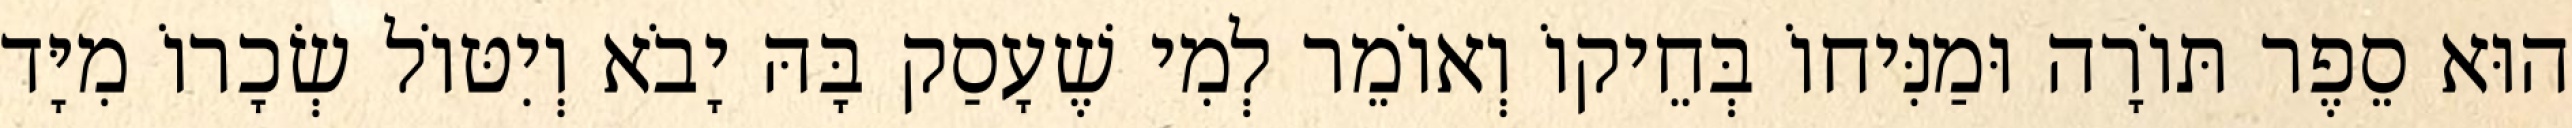
הוּא סֵפֶר תּוֹרָה וּמַנִּיחוֹ בְּחֵיקוֹ וְאוֹמֵר לְמִי שֶׁעָסַק בָּהּ יָבֹא וְיִטּוֹל שְׂכָרוֹ מִיָּד